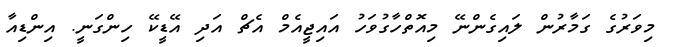
މިވަރުގެ ގަމާރުން ލައިގެންނޭ މިއޮތްހާގުވަހު އައިޖީއެމް އެޗް އަދި އޭޑީކޭ ހިންގަނީ. އިންޑިއާ